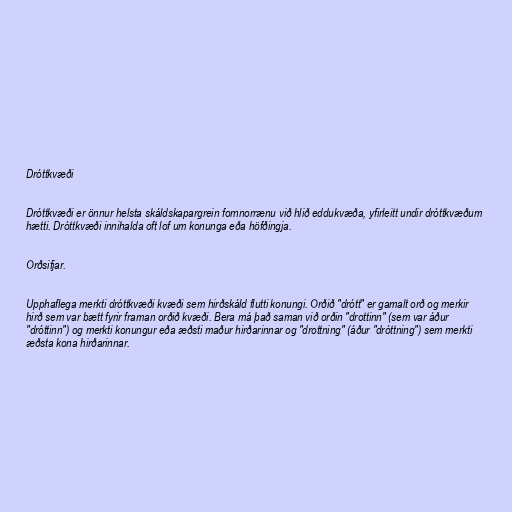
Dróttkvæði

Dróttkvæði er önnur helsta skáldskapargrein fornnorrænu við hlið eddukvæða, yfirleitt undir dróttkvæðum
hætti. Dróttkvæði innihalda oft lof um konunga eða höfðingja.

Orðsifjar.

Upphaflega merkti dróttkvæði kvæði sem hirðskáld flutti konungi. Orðið "drótt" er gamalt orð og merkir
hirð sem var bætt fyrir framan orðið kvæði. Bera má það saman við orðin "drottinn" (sem var áður
"dróttinn") og merkti konungur eða æðsti maður hirðarinnar og "drottning" (áður "dróttning") sem merkti
æðsta kona hirðarinnar.